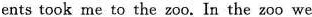
ents took me to the zoo. In the zoo we